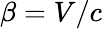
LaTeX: \beta=V/c